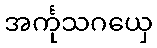
အင်္ကုသဂယှေ